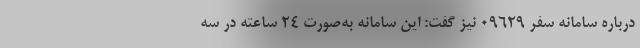
درباره سامانه سفر ۰۹۶۲۹ نیز گفت: این سامانه به‌صورت ۲۴ ساعته در سه